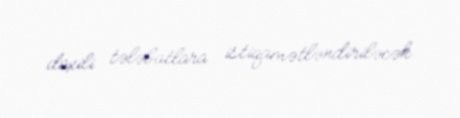
daxili tələbatlara istiqamətləndiriləcək.